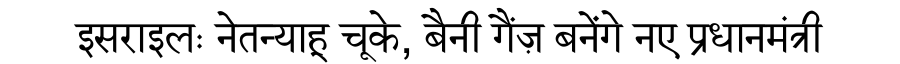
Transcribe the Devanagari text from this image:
इसराइलः नेतन्याहू चूके, बैनी गैंज़ बनेंगे नए प्रधानमंत्री